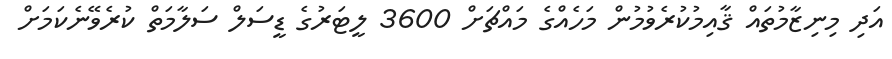
އަދި މިނިޒާމުތައް ޤާއިމުކުރެވުމުން މަހެއްގެ މައްޗަށް 3600 ލީޓަރުގެ ޑީސަލް ސަލާމަތް ކުރެވޭނެކަމަށް